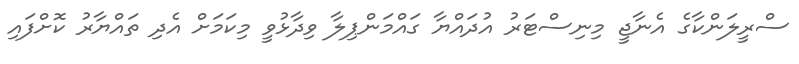
ސްރީލަންކާގެ އެނާޖީ މިނިސްޓަރު އުދައްޔާ ގައްމަންޕިލާ ވިދާޅުވީ މިކަމަށް އެދި ތައްޔާރު ކޮށްފައި